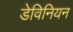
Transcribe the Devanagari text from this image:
डेविनियन